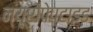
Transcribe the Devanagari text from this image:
न्यूरोपेप्टाइड